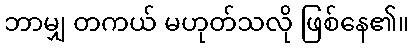
ဘာမျှ တကယ် မဟုတ်သလို ဖြစ်နေ၏။